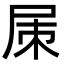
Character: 㞖